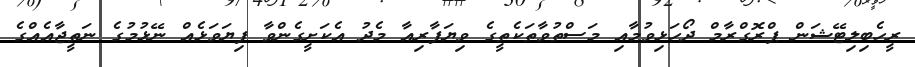
ރީހެބިލިޓޭޝަން ޕްރޮގްރާމް ދޯހަޅިވުމާއި މަސްތުވާތަކެތީގެ ވިޔަފާރިއާ މެދު އެކަށީގެންވާ ފިޔަވަޅެއް ނޭޅުމުގެ ނަތީޖާއެއްގެ